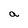
Character: a